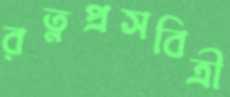
রত্নপ্রসবিত্রী